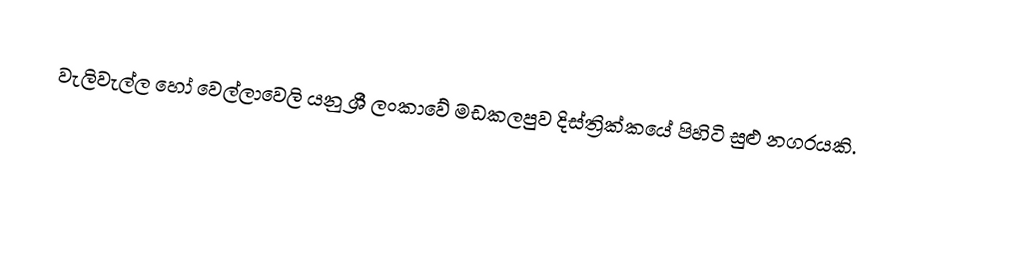
වැලිවැල්ල හෝ වෙල්ලාවෙලි යනු  ශ්‍රී ලංකාවේ මඩකලපුව දිස්ත්‍රික්කයේ පිහිටි සුළු නගරයකි.